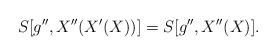
\begin{align*}S[g'',X''(X'(X))] = S[g'',X''(X)].\end{align*}